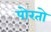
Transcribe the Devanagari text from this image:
पोरतो